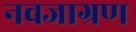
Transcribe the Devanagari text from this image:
नवजाग्रण